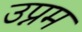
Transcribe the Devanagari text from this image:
उप्नम